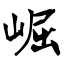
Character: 崛